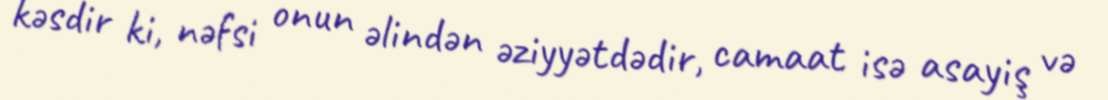
kəsdir ki, nəfsi onun əlindən əziyyətdədir, camaat isə asayiş və